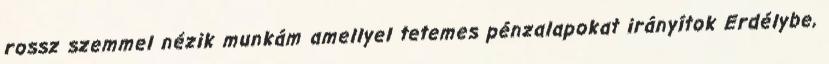
rossz szemmel nézik munkám amellyel tetemes pénzalapokat irányítok Erdélybe,